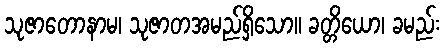
သုဇာတောနာမ၊ သုဇာတအမည်ရှိသော။ ခတ္တိယော၊ ခမည်း